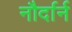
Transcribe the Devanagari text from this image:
नौर्दार्न